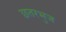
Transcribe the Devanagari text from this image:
छतरभुज